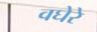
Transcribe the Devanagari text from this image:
वघेरे